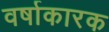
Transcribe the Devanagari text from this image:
वर्षाकारक